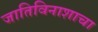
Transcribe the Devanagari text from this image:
जातिविनाशाचा